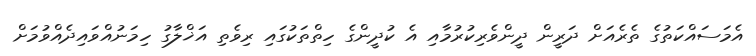
އެމަސައްކަތުގެ ތެރެއަށް ދަރީން ދީންވެރިކުރުމާއި އެ ކުދީންގެ ހިތްތަކުގައި ރިވެތި އަޚްލާގު ހިމަނުއްވައިދެއްވުމަށް